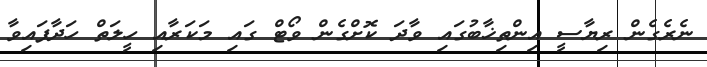
ނެރެގެން ރިޔާސީ އިންތިޚާބުގައި ވާދަ ކޮށްގެން ވޯޓް ގައި މަކަރާއި ހީލަތް ހަދާފައިވާ